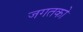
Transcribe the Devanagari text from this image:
जगतको